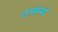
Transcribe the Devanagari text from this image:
रामबन्धो